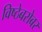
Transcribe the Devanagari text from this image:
विष्ठेबरोबर